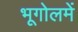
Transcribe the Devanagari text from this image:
भूगोलमें